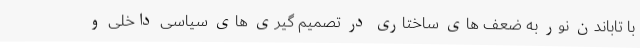
با تاباندن نور به ضعف های ساختاری در تصمیم گیری های سیاسی داخلی و